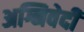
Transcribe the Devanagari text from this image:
अग्निवेदी